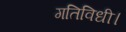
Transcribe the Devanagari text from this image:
गतिविधी।